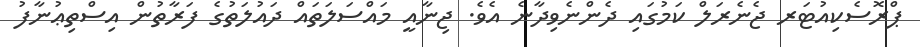
ޕްރޮސެކިއުޓަރ ޖެނެރަލް ކަމުގައި ދެންނެވިދާނެ އެވެ. ޖިނާއީ މައްސަލަތައް ދައުލަތުގެ ފަރާތުން އިސްތިޢުނާފު